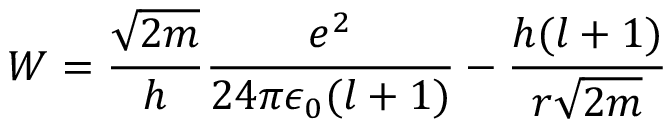
W = { \frac { \sqrt { 2 m } } { h } } { \frac { e ^ { 2 } } { 2 4 \pi \epsilon _ { 0 } ( l + 1 ) } } - { \frac { h ( l + 1 ) } { r { \sqrt { 2 m } } } }